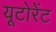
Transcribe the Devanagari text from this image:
यूटोरेंट